Report on vaccination in Madras 1904-1921 - 1904-1921
Year: 1904
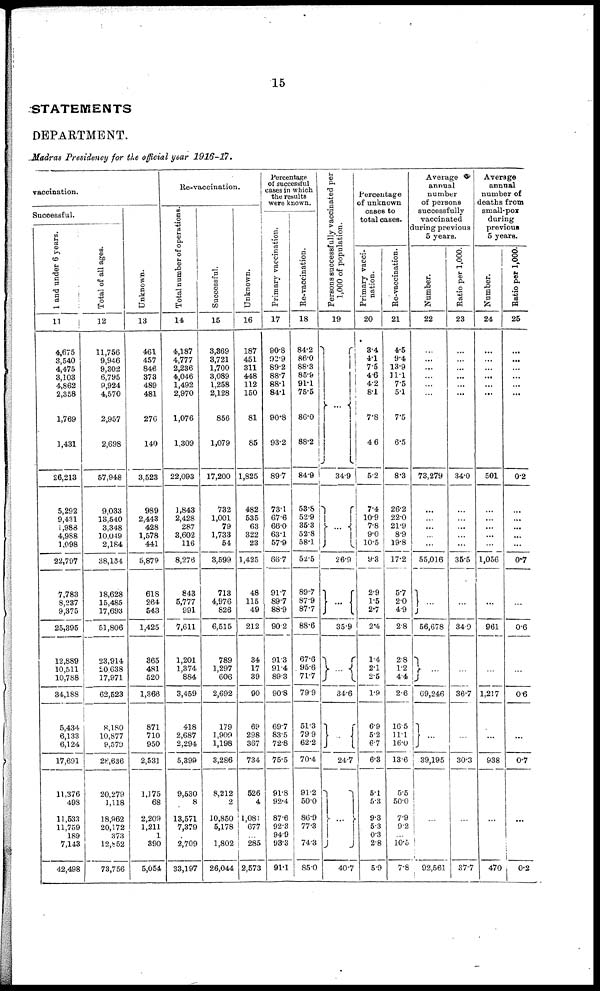
15
STATEMENTS
DEPARTMENT.
Madras Presidency for the official year 1916-17.
vaccination.
Successful.
1 and under 6 years.
11
4,675
3,540
4,475
3,103
4,862
2,858
1,769
1,431
26,213
5,292
9,431
1,988
4,988
1,098
22,797
7,783
8,237
9,375
25,395
12,889
10,511
10,788
34,188
5,434
6,133
6,124
17,691
11,376
498
11,533
11,759
189
7,143
42,498
Total of all ages.
12
11,756
9,946
9,302
6,795
9,924
4,570
2,957
2,698
57,948
9,033
13,540
3,348
10,049
2,184
38,154
18,628
15,485
17,693
51,806
23,914
20,638
17,971
62,523
8,180
10,877
9,579
28,636
20,279
1,118
18,962
20,172
373
12,872
73,756
Unknown.
13
461
457
846
373
489
481
276
140
3,523
989
2,443
428
1,578
441
5,879
618
264
543
1,425
365
481
520
1,366
871
710
950
2,531
1,175
68
2,209
1,211
1
390
5,054
Re-vaccination.
Total number of operations
14
4,187
4,777
2,236
4,046
1,492
2,970
1,076
1,309
22,093
1,843
2,428
287
3,602
116
8,276
843
5,777
991
7,611
1,201
1,374
884
3,459
418
2,687
2,294
5,399
9,530
8
13,571
7,379
2,709
33,197
Successful.
15
3,369
3,721
1,700
3,089
1,258
2,128
856
1,079
17,200
732
1,001
79
1,733
54
3,599
713
4,976
826
6,515
789
1,297
606
2,692
179
1,909
1,198
3,286
8,212
2
10,850
5,178
1,802
26,044
Unknown.
16
187
451
311
448
112
150
81
85
1,825
482
535
63
322
23
1,425
48
115
49
212
34
17
39
90
69
298
367
734
526
4
1,081
677
...
285
2,573
Percentage
of successful
cases in which
the results
were known.
Primary vaccination.
17
90.8
92.9
89.2
88.7
88.1
84.1
90.8
93.2
89.7
73.1
67.6
66.0
63.1
57.9
66.7
91.7
89.7
88.9
90.2
91.3
91.4
89.3
90.8
69.7
83.5
72.8
75.5
91.8
92.4
87.6
92.3
94.9
93.3
91.1
Re-vaccination.
18
84.2
86.0
88.3
85.9
91.1
75.5
86.0
88.2
84.9
53.8
52.9
35.3
52.8
58.1
52.5
89.7
87.9
87.7
88.6
67.6
95.6
71.7
79.9
51.3
79.9
62.2
70.4
91.2
50.0
86.9
77.3
74.3
85.0
Persons successfully vaccinated per
1,000 of population.
19
...
34.9
...
26.9
...
35.9
...
34.6
...
24.7
...
40.7
Percentage
of unknown
cases to
total cases.
Primary vacci-
nation.
20
3.4
4.1
7.5
4.6
4.2
8.1
7.8
4.6
5.2
7.4
10.9
7.8
9.0
10.5
9.3
2.9
1.5
2.7
2.4
1.4
2.1
2.5
1.9
6.9
5.2
6.7
6.3
5.1
5.3
9.3
5.3
0.3
2.8
5.9
Re-vaccination.
21
4.5
9.4
13.9
11.1
7.5
5.1
7.5
6.5
8.3
26.2
22.0
21.9
8.9
19.8
17.2
5.7
2.0
4.9
2.8
2.8
1.2
4.4
2.6
16.5
11.1
16.0
13.6
5.5
50.0
7.9
9.2
... 10.5
7.8
Average
annual
number
of persons
successfully
vaccinated
during previous
5 years.
Number.
22
...
...
...
...
...
...
...
...
73,279
...
...
...
...
...
55,016
...
56,678
...
69,246
...
39,195
...
92,561
Ratio per 1,000.
23
...
...
...
...
...
...
...
...
34.0
...
...
...
...
...
35.5
...
34.9
...
36.7
...
30.3
...
37.7
Average
annual
number of
deaths from
small-pox
during
previous
5 years.
Number.
24
...
...
...
...
...
...
...
...
501
...
...
...
...
...
1,056
...
961
...
1,217
...
938
...
470
Ratio per 1,000.
25
...
...
...
...
...
...
...
...
0.2
...
...
...
...
...
0.7
...
0.6
...
0.6
...
0.7
...
0.2